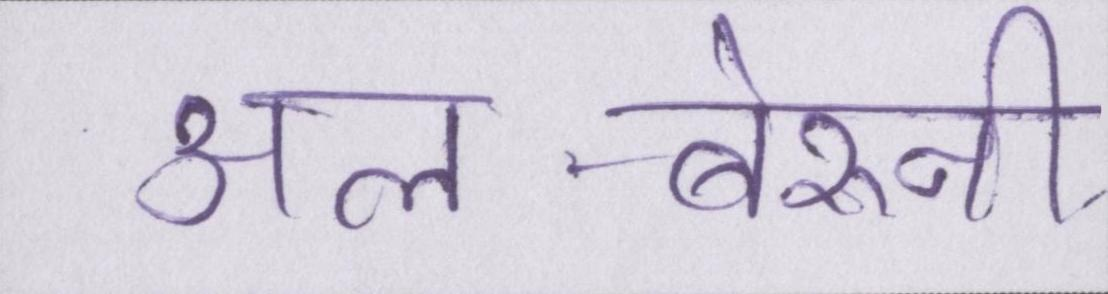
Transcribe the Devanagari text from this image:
अल-बेरुनी